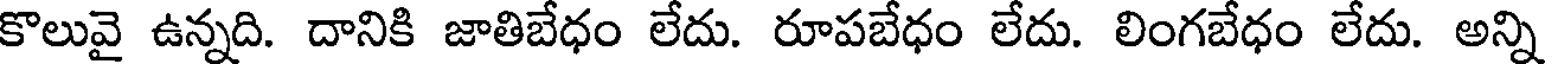
కొలువై ఉన్నది. దానికి జాతిబేధం లేదు. రూపబేధం లేదు. లింగబేధం లేదు. అన్ని